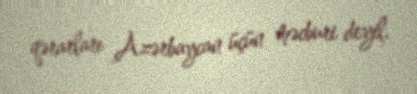
qərarları Azərbaycan üçün məcburi deyil.